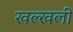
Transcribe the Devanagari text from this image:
खल्खली